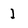
Character: l